Indian journal of veterinary science and animal husbandry - Volumes 28-29, 1958-1959
Year: 1958
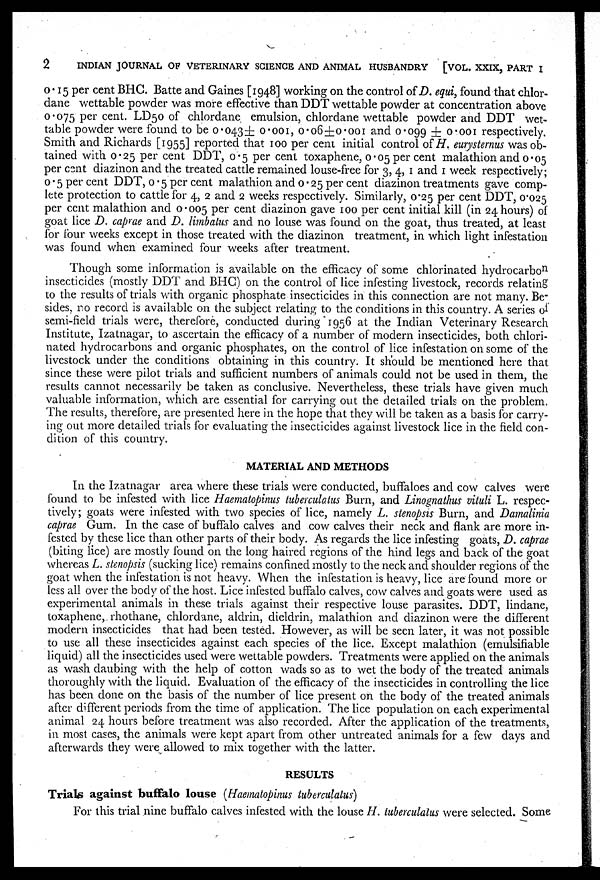
2
INDIAN JOURNAL OF VETERINARY SCIENCE AND ANIMAL HUSBANDRY
[VOL. XXIX, PART I
0.15 per cent BHC. Batte and Gaines [1948] working on the control of D. equi, found that chlor-
dane wettable powder was more effective than DDT wettable powder at concentration above
0.075 per cent. LD50 of chlordane emulsion, chlordane wettable powder and DDT wet-
table powder were found to be 0.043± 0.001, 0.06±0.001 and 0.099±0.001 respectively.
Smith and Richards [1955] reported that 100 per cent initial control of H. eurysternus was ob-
tained with 0.25 per cent DDT, 0.5 per cent toxaphene, 0.05 per cent malathion and 0.05
per cent diazinon and the treated cattle remained louse-free for 3, 4, 1 and 1 week respectively;
0.5 per cent DDT, 0.5 per cent malathion and 0.25 per cent diazinon treatments gave comp-
lete protection to cattle for 4, 2 and 2 weeks respectively. Similarly, 0.25 per cent DDT, 0.025
per cent malathion and 0.005 per cent diazinon gave 100 per cent initial kill (in 24 hours) of
goat lice D. caprae and D. limbatus and no louse was found on the goat, thus treated, at least
for four weeks except in those treated with the diazinon treatment, in which light infestation
was found when examined four weeks after treatment.
Though some information is available on the efficacy of some chlorinated hydrocarbon
insecticides (mostly DDT and BHC) on the control of lice infesting livestock, records relating
to the results of trials with organic phosphate insecticides in this connection are not many. Be-
sides, no record is available on the subject relating to the conditions in this country. A series of
semi-field trials were, therefore, conducted during 1956 at the Indian Veterinary Research
Institute, Izatnagar, to ascertain the efficacy of a number of modern insecticides, both chlori-
nated hydrocarbons and organic phosphates, on the control of lice infestation on some of the
livestock under the conditions obtaining in this country. It should be mentioned here that
since these were pilot trials and sufficient numbers of animals could not be used in them, the
results cannot necessarily be taken as conclusive. Nevertheless, these trials have given much
valuable information, which are essential for carrying out the detailed trials on the problem.
The results, therefore, are presented here in the hope that they will be taken as a basis for carry-
ing" out more detailed trials for evaluating the insecticides against livestock lice in the field con-
dition of this country.
MATERIAL AND METHODS
In the Izatnagar area where these trials were conducted, buffaloes and cow calves were
found to be infested with lice Haematopinus tuberculatus Burn, and Linognathus vituli L. respec-
tively ; goats were infested with two species of lice, namely L. stenopsis Burn, and Damalinia
caprae Gum. In the case of buffalo calves and cow calves their neck and flank are more in-
fested by these lice than other parts of their body. As regards the lice infesting goats, D. caprae
(biting lice) are mostly found on the long haired regions of the hind legs and back of the goat
whereas L. stenopsis (sucking lice) remains confined mostly to the neck and shoulder regions of the
goat when the infestation is not heavy. When the infestation is heavy, lice are found more or
less all over the body of the host. Lice infested buffalo calves, cow calves and goats were used as
experimental animals in these trials against their respective louse parasites. DDT, lindane,
toxaphene, rhothane, chlordane, aldrin, dieldrin, malathion and diazinon were the different
modern insecticides that had been tested. However, as will be seen later, it was not possible
to use all these insecticides against each species of the lice. Except malathion (emulsifiable
liquid) all the insecticides used were wettable powders. Treatments were applied on the animals
as wash daubing with the help of cotton wads so as to wet the body of the treated animals
thoroughly with the liquid. Evaluation of the efficacy of the insecticides in controlling the lice
has been done on the basis of the number of lice present on the body of the treated animals
after different periods from the time of application. The lice population on each experimental
animal 24 hours before treatment was also recorded. After the application of the treatments,
in most cases, the animals were kept apart from other untreated animals for a few days and
afterwards they were allowed to mix together with the latter.
RESULTS
Trials against buffalo louse (Haematopinus tuberculatus)
For this trial nine buffalo calves infested with the louse H. tuberculatus were selected. Some